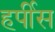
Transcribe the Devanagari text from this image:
हर्पीस